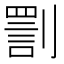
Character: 𠟟